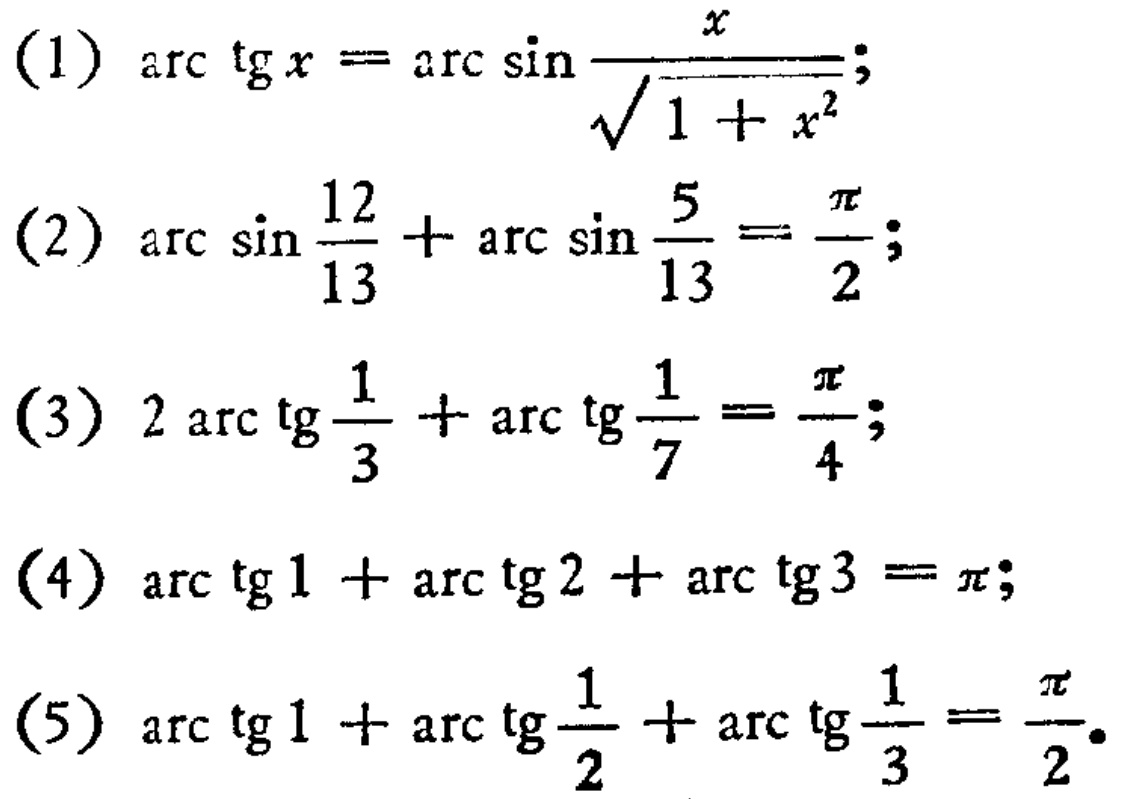
(1) \(\arctan x=\arcsin\frac{x}{\sqrt{1 + x^{2}}}\);
(2) \(\arcsin\frac{12}{13}+\arcsin\frac{5}{13}=\frac{\pi}{2}\);
(3) \(2\arctan\frac{1}{3}+\arctan\frac{1}{7}=\frac{\pi}{4}\);
(4) \(\arctan1+\arctan2+\arctan3=\pi\);
(5) \(\arctan1+\arctan\frac{1}{2}+\arctan\frac{1}{3}=\frac{\pi}{2}\)